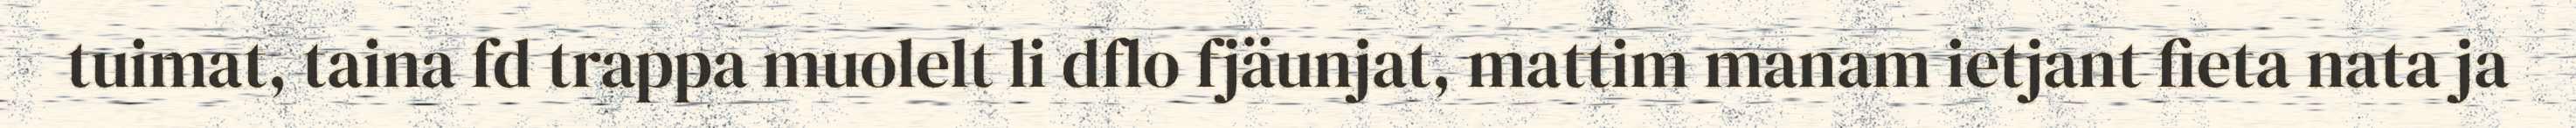
tuimat, taina fd trappa muolelt li dflo fjäunjat, mattim manam ietjant fieta nata ja